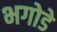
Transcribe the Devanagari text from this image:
भगोडे